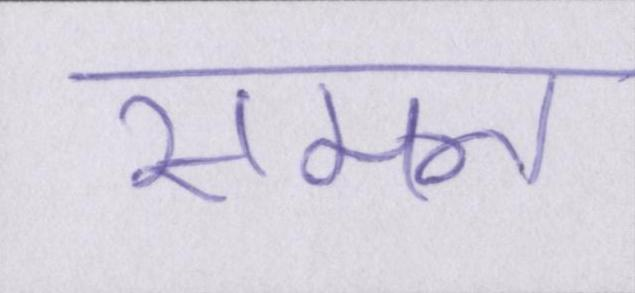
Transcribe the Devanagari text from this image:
समन